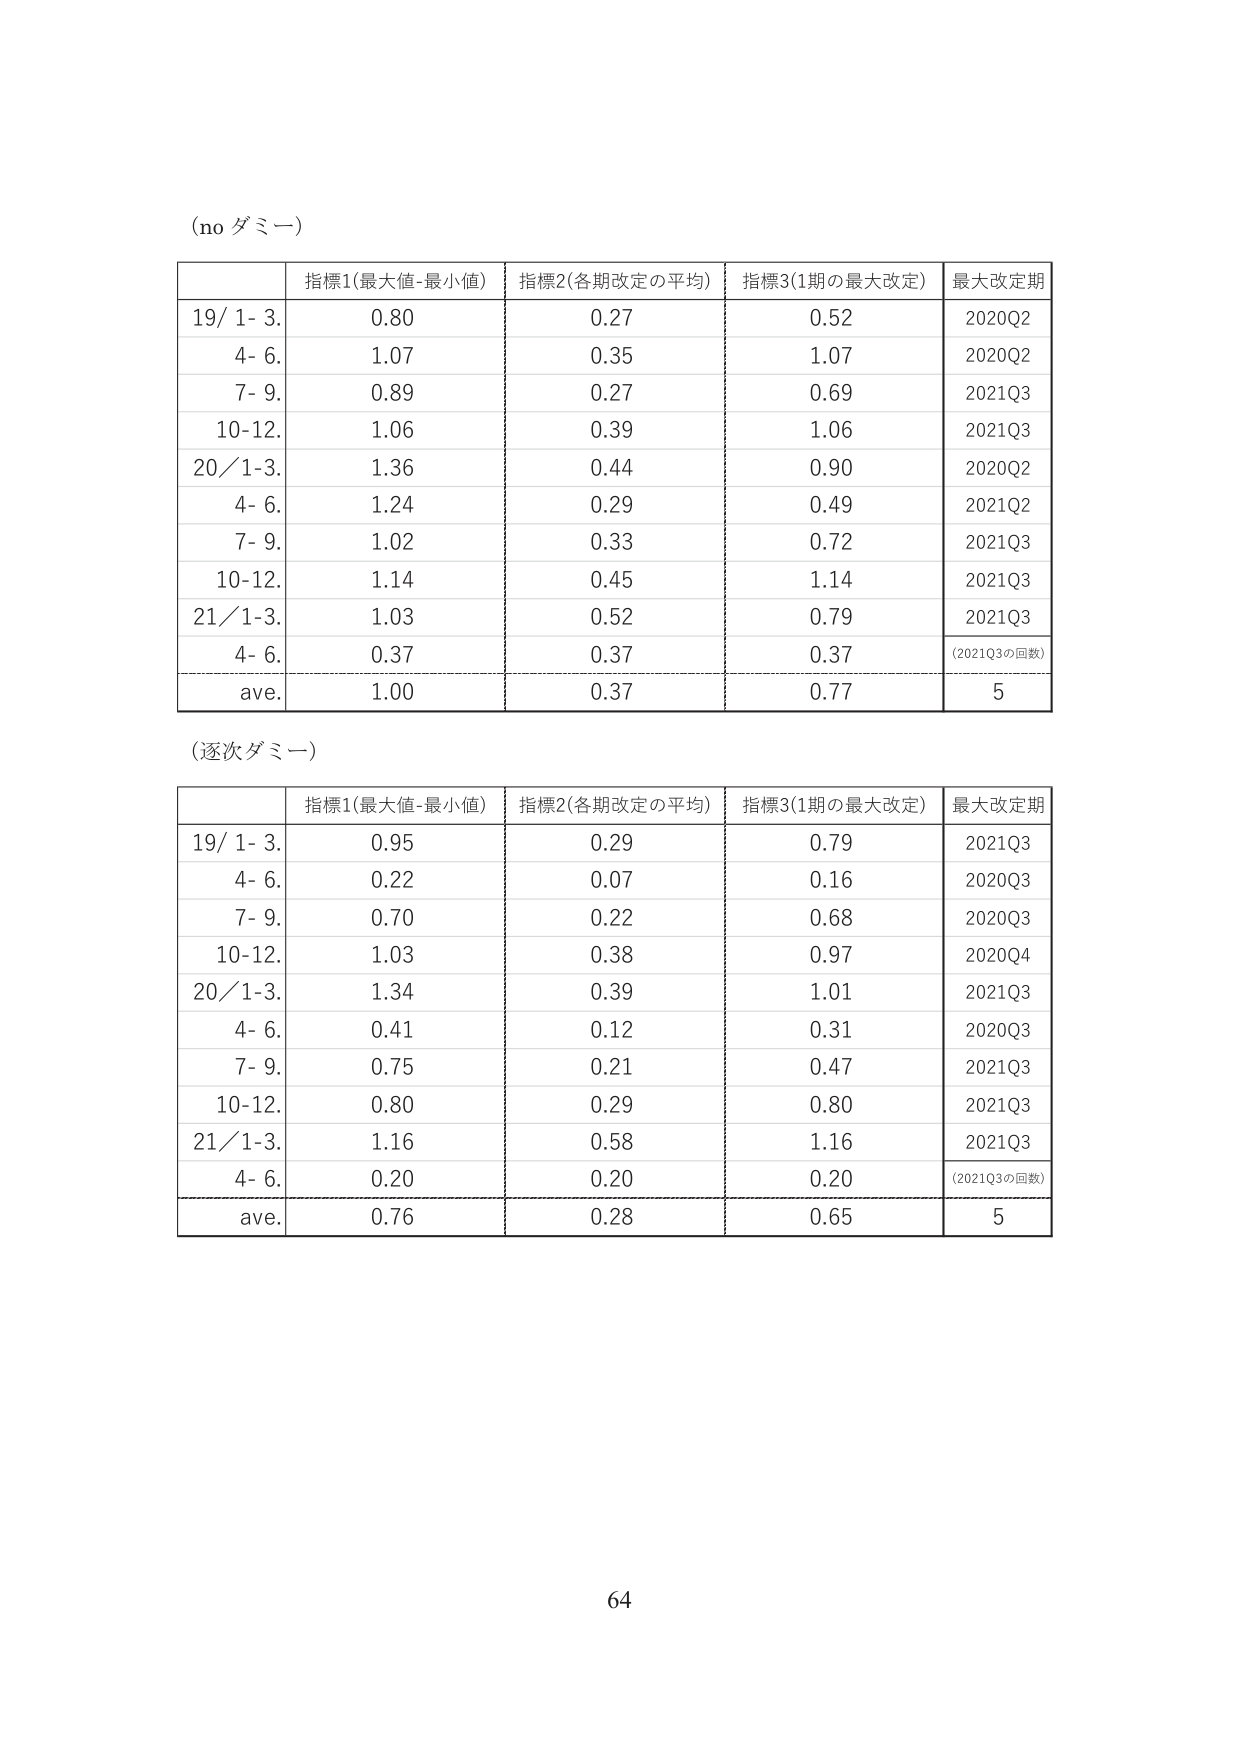
(no ダミー)

| | 指標1(最大値-最小値) | 指標2(各期改定の平均) | 指標3(1期の最大改定) | 最大改定期 |
|---|---|---|---|---|
| 19/ 1- 3. | 0.80 | 0.27 | 0.52 | 2020Q2 |
| 4- 6. | 1.07 | 0.35 | 1.07 | 2020Q2 |
| 7- 9. | 0.89 | 0.27 | 0.69 | 2021Q3 |
| 10-12. | 1.06 | 0.39 | 1.06 | 2021Q3 |
| 20/ 1-3. | 1.36 | 0.44 | 0.90 | 2020Q2 |
| 4- 6. | 1.24 | 0.29 | 0.49 | 2021Q2 |
| 7- 9. | 1.02 | 0.33 | 0.72 | 2021Q3 |
| 10-12. | 1.14 | 0.45 | 1.14 | 2021Q3 |
| 21/ 1-3. | 1.03 | 0.52 | 0.79 | 2021Q3 |
| 4- 6. | 0.37 | 0.37 | 0.37 | (2021Q3の回数) |
| ave. | 1.00 | 0.37 | 0.77 | 5 |

(逐次ダミー)

| | 指標1(最大値-最小値) | 指標2(各期改定の平均) | 指標3(1期の最大改定) | 最大改定期 |
|---|---|---|---|---|
| 19/ 1- 3. | 0.95 | 0.29 | 0.79 | 2021Q3 |
| 4- 6. | 0.22 | 0.07 | 0.16 | 2020Q3 |
| 7- 9. | 0.70 | 0.22 | 0.68 | 2020Q3 |
| 10-12. | 1.03 | 0.38 | 0.97 | 2020Q4 |
| 20/ 1-3. | 1.34 | 0.39 | 1.01 | 2021Q3 |
| 4- 6. | 0.41 | 0.12 | 0.31 | 2020Q3 |
| 7- 9. | 0.75 | 0.21 | 0.47 | 2021Q3 |
| 10-12. | 0.80 | 0.29 | 0.80 | 2021Q3 |
| 21/ 1-3. | 1.16 | 0.58 | 1.16 | 2021Q3 |
| 4- 6. | 0.20 | 0.20 | 0.20 | (2021Q3の回数) |
| ave. | 0.76 | 0.28 | 0.65 | 5 |

64